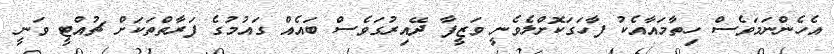
އެހެންނަމަވެސް ހިތާމައާއެކު ފާހަގަކޮށްލެވެނީ ވަޒީފާ ދޭއިރުގަވެސް ބައެއް ގައުމުގެ ފަރާތްތަކަށް ޗުއްޓީ ވަނީ